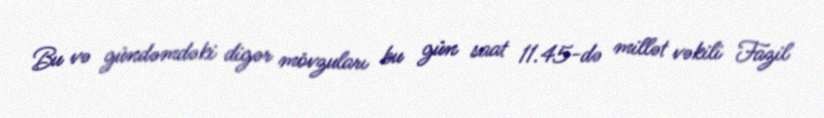
Bu və gündəmdəki digər mövzuları bu gün saat 11.45-də millət vəkili Fazil